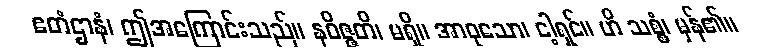
ဧတံဌာနံ၊ ဤအကြောင်းသည်။ နဝိဇ္ဇတိ၊ မရှိ။ အာဝုသော၊ ငါ့ရှင်။ ဟိ သစ္စံ၊ မှန်၏။